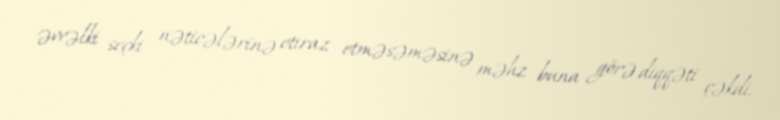
əvvəlki seçki nəticələrinə etiraz etməsəməsinə məhz buna görə diqqəti çəkdi.